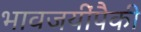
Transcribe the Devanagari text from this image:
भावजयींपैकी